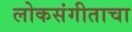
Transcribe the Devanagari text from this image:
लोकसंगीताचा